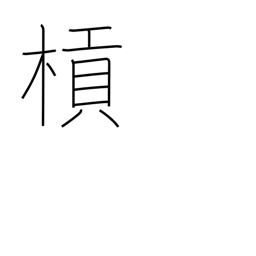
Meaning: lever